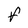
Character: f